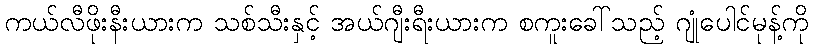
ကယ်လီဖိုးနီးယားက သစ်သီးနှင့် အယ်ဂျီးရီးယားက စကူးခေါ်သည့် ဂျုံပေါင်မုန့်ကို